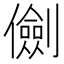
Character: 𠐘